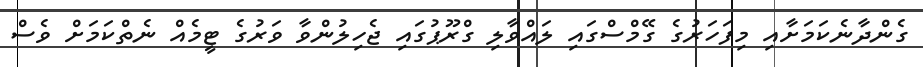
ގެންދާނެކަމަށާއި މިފަހަރުގެ ގޭމްސްގައި ލައްވާލި ގްރޫޕުގައި ޖެހިލުންވާ ވަރުގެ ޓީމެއް ނެތްކަމަށް ވެސް